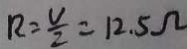
R = \frac { V } { 2 } = 1 2 . 5 \Omega